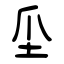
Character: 坕